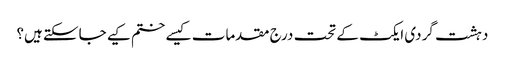
دہشت گردی ایکٹ کے تحت درج مقدمات کیسے ختم کیے جاسکتے ہیں؟